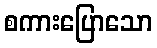
စကားပြောသော